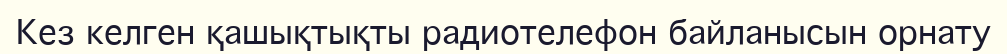
Кез келген қашықтықты радиотелефон байланысын орнату